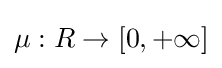
\mu :R\to [0,+\infty ]